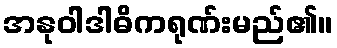
အနုဝါဒါဓိကရုဏ်းမည်၏။